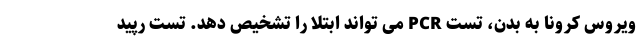
ویروس کرونا به بدن، تست PCR می تواند ابتلا را تشخیص دهد. تست رپید